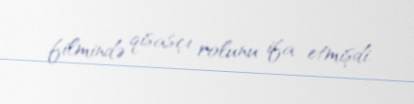
filmində qisasçı rolunu ifa etmişdi.